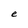
Character: e